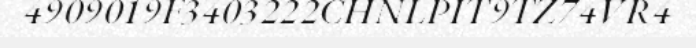
4909019F3403222CHNLPIT9TZ74VR4